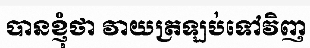
បានខ្ញុំថា វាយត្រឡប់ទៅវិញ